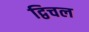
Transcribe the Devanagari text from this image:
द्विचल